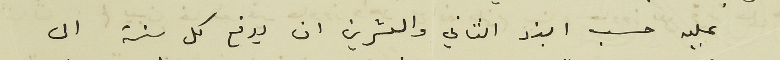
عليه حسب البند الثاني والعشرين ان يدفع كل سنة الى